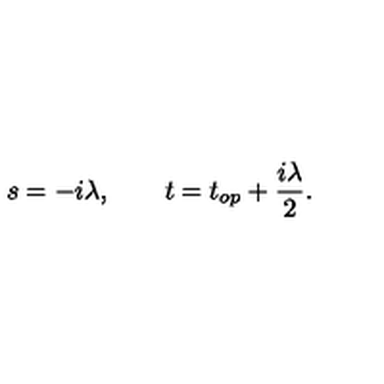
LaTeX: s = - i \lambda , \qquad t = t _ { o p } + { \frac { i \lambda } { 2 } } .